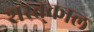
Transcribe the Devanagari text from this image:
शरत्‌काल